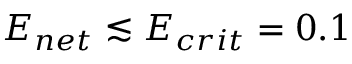
E _ { n e t } \lesssim E _ { c r i t } = 0 . 1